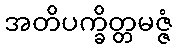
အတိပက္ခိတ္တမဇ္ဇံ